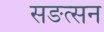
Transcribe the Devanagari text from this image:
सङत्सन